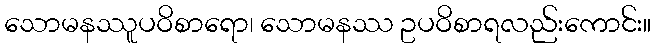
သောမနဿူပဝိစာရော၊ သောမနဿ ဥပဝိစာရလည်းကောင်း။